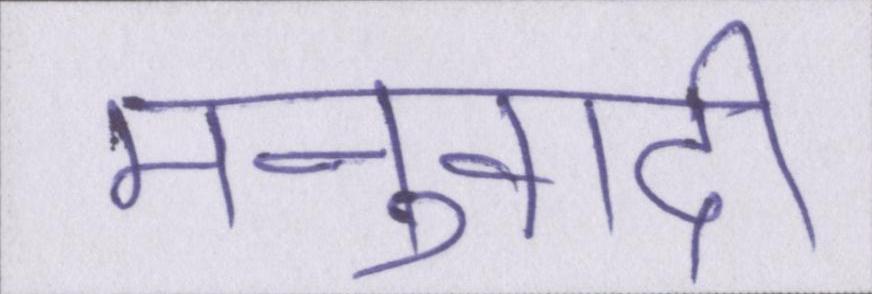
मनुवादी